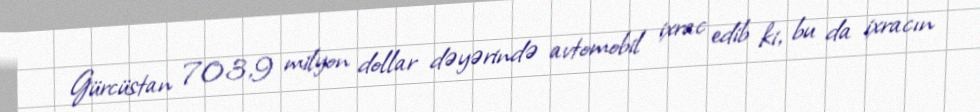
Gürcüstan 703,9 milyon dollar dəyərində avtomobil ixrac edib ki, bu da ixracın